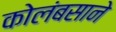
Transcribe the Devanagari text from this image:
कोलंबसाने